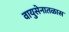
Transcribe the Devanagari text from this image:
वायुसेनातळास